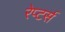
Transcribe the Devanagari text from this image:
रेप्‍टर्स